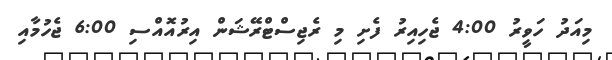
މިއަދު ހަވީރު 4:00 ޖެހިއިރު ފެށި މި ރެޖިސްޓްރޭޝަން އިރުއޮއްސި 6:00 ޖެހުމާއި